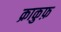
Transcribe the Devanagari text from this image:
क्राकुफ़